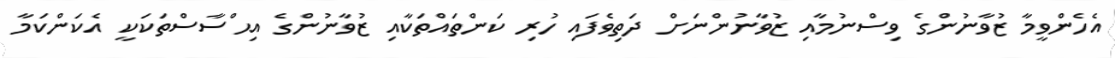
އެހެންވީމާ ޒުވާނުންގެ ވިސްނުމާއި ޒުވާނުންނަށް ދަތިވެފައި ހުރި ކަންތައްތަކާއި ޒުވާނުންގެ އިޙްސާސްތަކަކީ އެކަންކަމާ